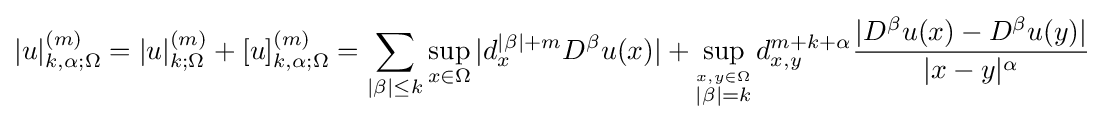
|u|_{k,\alpha ;\Omega }^{(m)}=|u|_{k;\Omega }^{(m)}+[u]_{k,\alpha ;\Omega }^{(m)}=\sum _{|\beta |\leq k}\sup _{x\in \Omega }|d_{x}^{|\beta |+m}D^{\beta }u(x)|+\sup _{\stackrel {x,y\in \Omega }{|\beta |=k}}d_{x,y}^{m+k+\alpha }{\frac {|D^{\beta }u(x)-D^{\beta }u(y)|}{|x-y|^{\alpha }}}